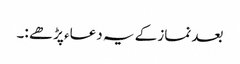
بعد نماز کے یہ دعاء پڑھے :۔